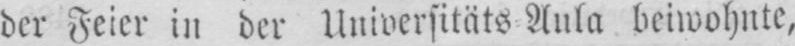
der Feier in der Universitäts⸗Aula beiwohnte,